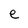
Character: e